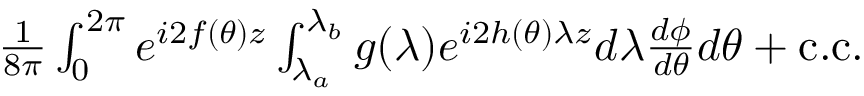
\begin{array} { r } { \frac { 1 } { 8 \pi } \int _ { 0 } ^ { 2 \pi } e ^ { i 2 f ( \theta ) z } \int _ { \lambda _ { a } } ^ { \lambda _ { b } } g ( \lambda ) e ^ { i 2 h ( \theta ) \lambda z } d \lambda \frac { d \phi } { d \theta } d \theta + \mathrm { c . c . } } \end{array}